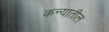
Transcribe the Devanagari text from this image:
कन्यातील